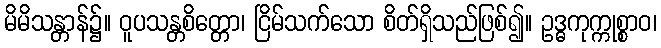
မိမိသန္တာန်၌။ ဝူပသန္တစိတ္တော၊ ငြိမ်သက်သော စိတ်ရှိသည်ဖြစ်၍။ ဥဒ္ဓကုက္ကုစ္စာဝ၊